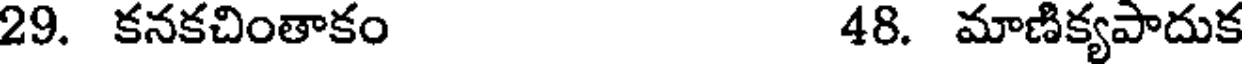
29. కనకచింతాకం 48. మాణిక్యపాదుక